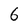
Character: 6